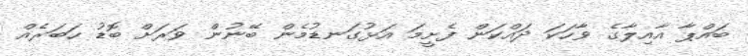
ބައްޕާ އާއިލާގެ ވާހަކަ ދައްކަން ފެށީމަ އަޅުގަނޑުމެން ބޭނުން ވަރަށް ބޮޑު ހަބަރެއް